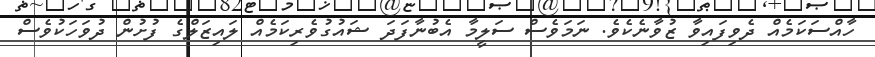
ހާއްސަކަމެއް ދެވިފައިވާ ޒުވާނެކެވެ. ނަމަވެސް ސަލީމާ އެބުނާފަދަ ޝައުގުވެރިކަމެއް ލައިޒަލްގެ ފުށުން ދުވަހަކުވެސް